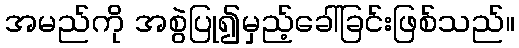
အမည်ကို အစွဲပြု၍မှည့်ခေါ်ခြင်းဖြစ်သည်။